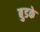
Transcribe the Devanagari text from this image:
बुडके